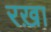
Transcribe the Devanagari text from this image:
रख़ा